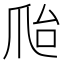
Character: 𰟽